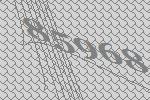
85968